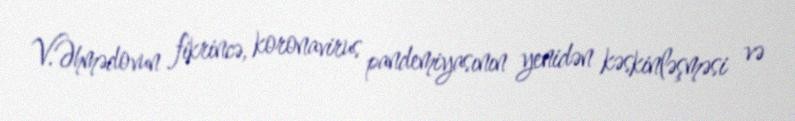
V.Əhmədovun fikrincə, koronavirus pandemiyasının yenidən kəskinləşməsi və